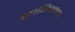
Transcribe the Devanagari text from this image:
मानिपर्वला